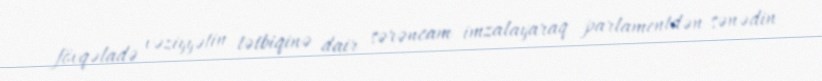
fövqəladə vəziyyətin tətbiqinə dair sərəncam imzalayaraq parlamentdən sənədin